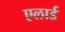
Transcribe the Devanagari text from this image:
एलार्ड